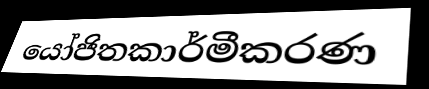
යෝජිතකාර්මීකරණ